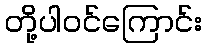
တို့ပါဝင်ကြောင်း